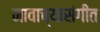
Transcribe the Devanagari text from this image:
नावाच्यासंगीत